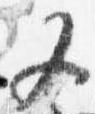
又